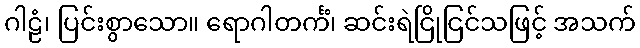
ဂါဠံ၊ ပြင်းစွာသော။ ရောဂါတင်္ကံ၊ ဆင်းရဲငြိုငြင်သဖြင့် အသက်